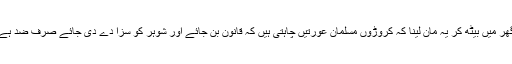
گھر میں بیٹھ کر یہ مان لینا کہ کروڑوں مسلمان عورتیں چاہتی ہیں کہ قانون بن جائے اور شوہر کو سزا دے دی جائے صرف ضد ہے۔